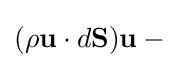
(\rho \mathbf {u} \cdot d\mathbf {S} )\mathbf {u} -{}